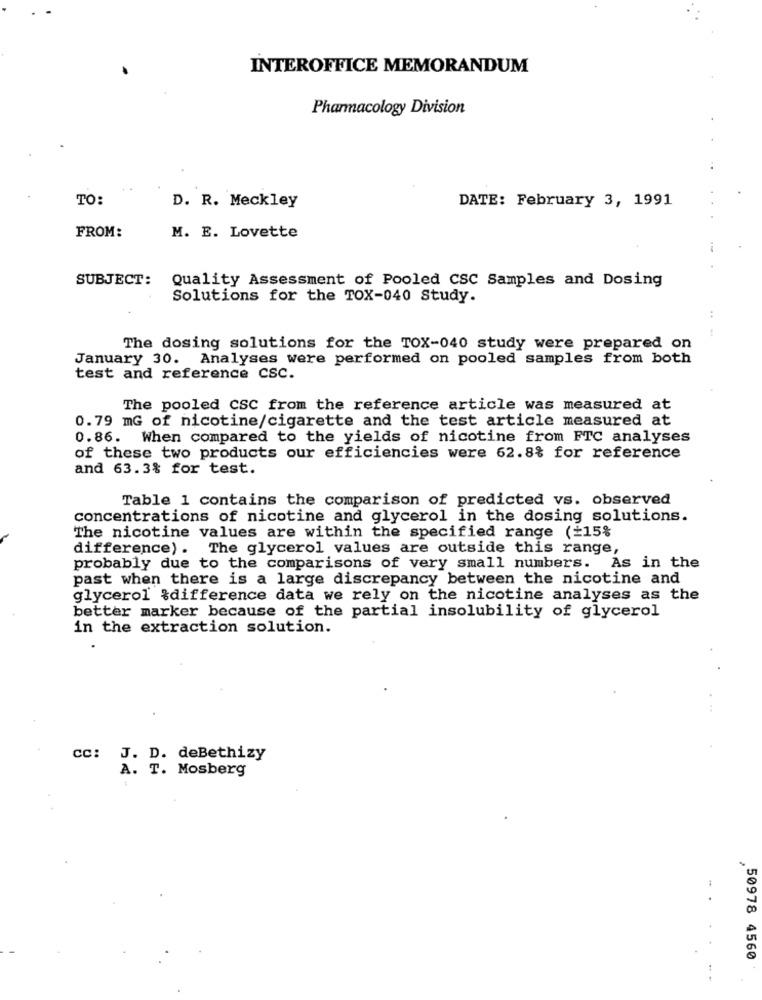
INTEROFFICE MEMORANDUM
Pharmacology Division
TO:
D. R. Meckley
DATE: February 3, 1991
FROM:
M. E. Lovette
SUBJECT:
Quality Assessment of Pooled CSC Samples and Dosing
Solutions for the TOX-040 Study.
The dosing solutions for the TOX-040 study were prepared on
January 30. Analyses were performed on pooled samples from both
test and reference CSC.
The pooled CSC from the reference article was measured at
0.79 mG of nicotine/cigarette and the test article measured at
0.86. When compared to the yields of nicotine from FTC analyses
of these two products our efficiencies were 62.8% for reference
and 63.3% for test.
Table 1 contains the comparison of predicted vs. observed
concentrations of nicotine and glycerol in the dosing solutions.
The nicotine values are within the specified range (+15%
difference) . The glycerol values are outside this range,
probably due to the comparisons of very small numbers. As in the
past when there is a large discrepancy between the nicotine and
glycerol &difference data we rely on the nicotine analyses as the
better marker because of the partial insolubility of glycerol
in the extraction solution.
CC: J. D. deBethizy
A. T. Mosberg
50978 4560